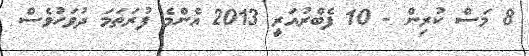
8 މަސް ކުރިން - 10 ފެބްރުއަރީ 2013 އެންމެ ފުރަތަމަ ދުވަހުވެސް